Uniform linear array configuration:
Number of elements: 32
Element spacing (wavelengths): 0.5
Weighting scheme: blackman
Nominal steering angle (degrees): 0
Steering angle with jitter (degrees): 0.815
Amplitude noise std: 0.05
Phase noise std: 0.05

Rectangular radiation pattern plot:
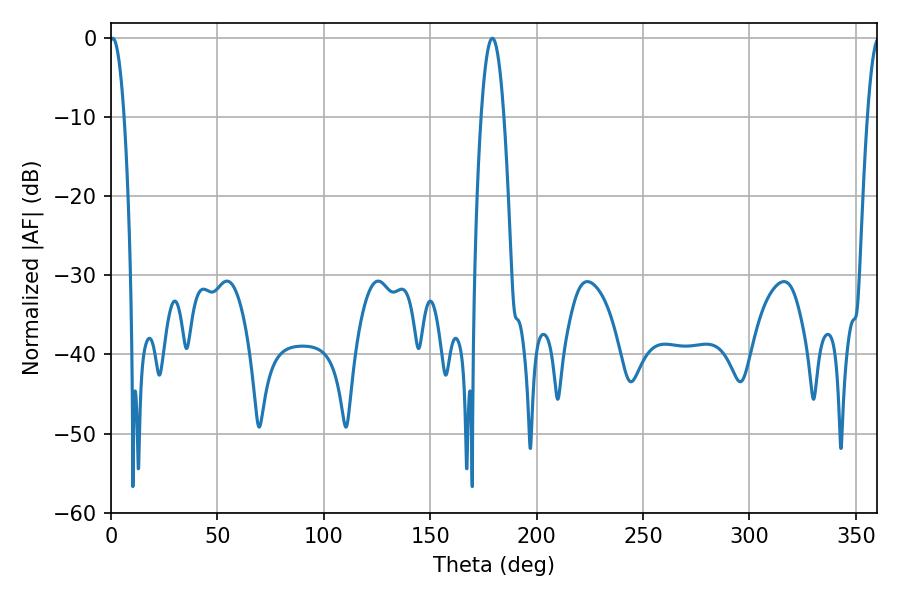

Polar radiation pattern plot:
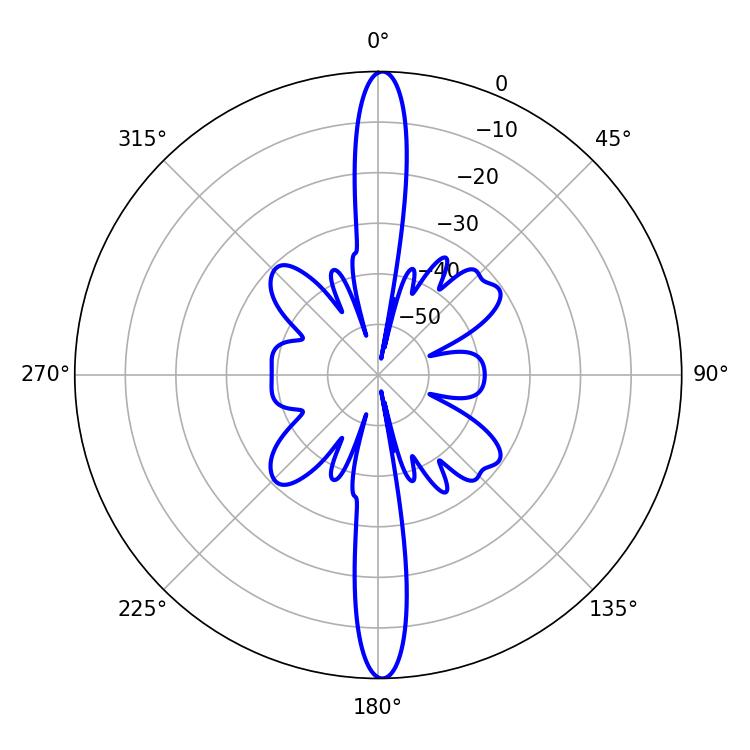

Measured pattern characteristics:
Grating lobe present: FALSE
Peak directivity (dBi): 28.091
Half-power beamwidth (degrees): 3.78
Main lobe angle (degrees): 0.72